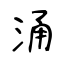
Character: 涌